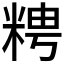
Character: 𥺒